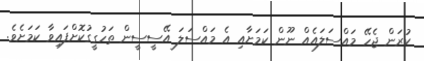
ކުރަން ޖެހޭ މައްސަލައެއް ނޫން ކަމަށާއި އެ މައްސަލަ އޭސީސީން ތަހުގީގުކޮށްފައިވާ ކަމަށެވެ.